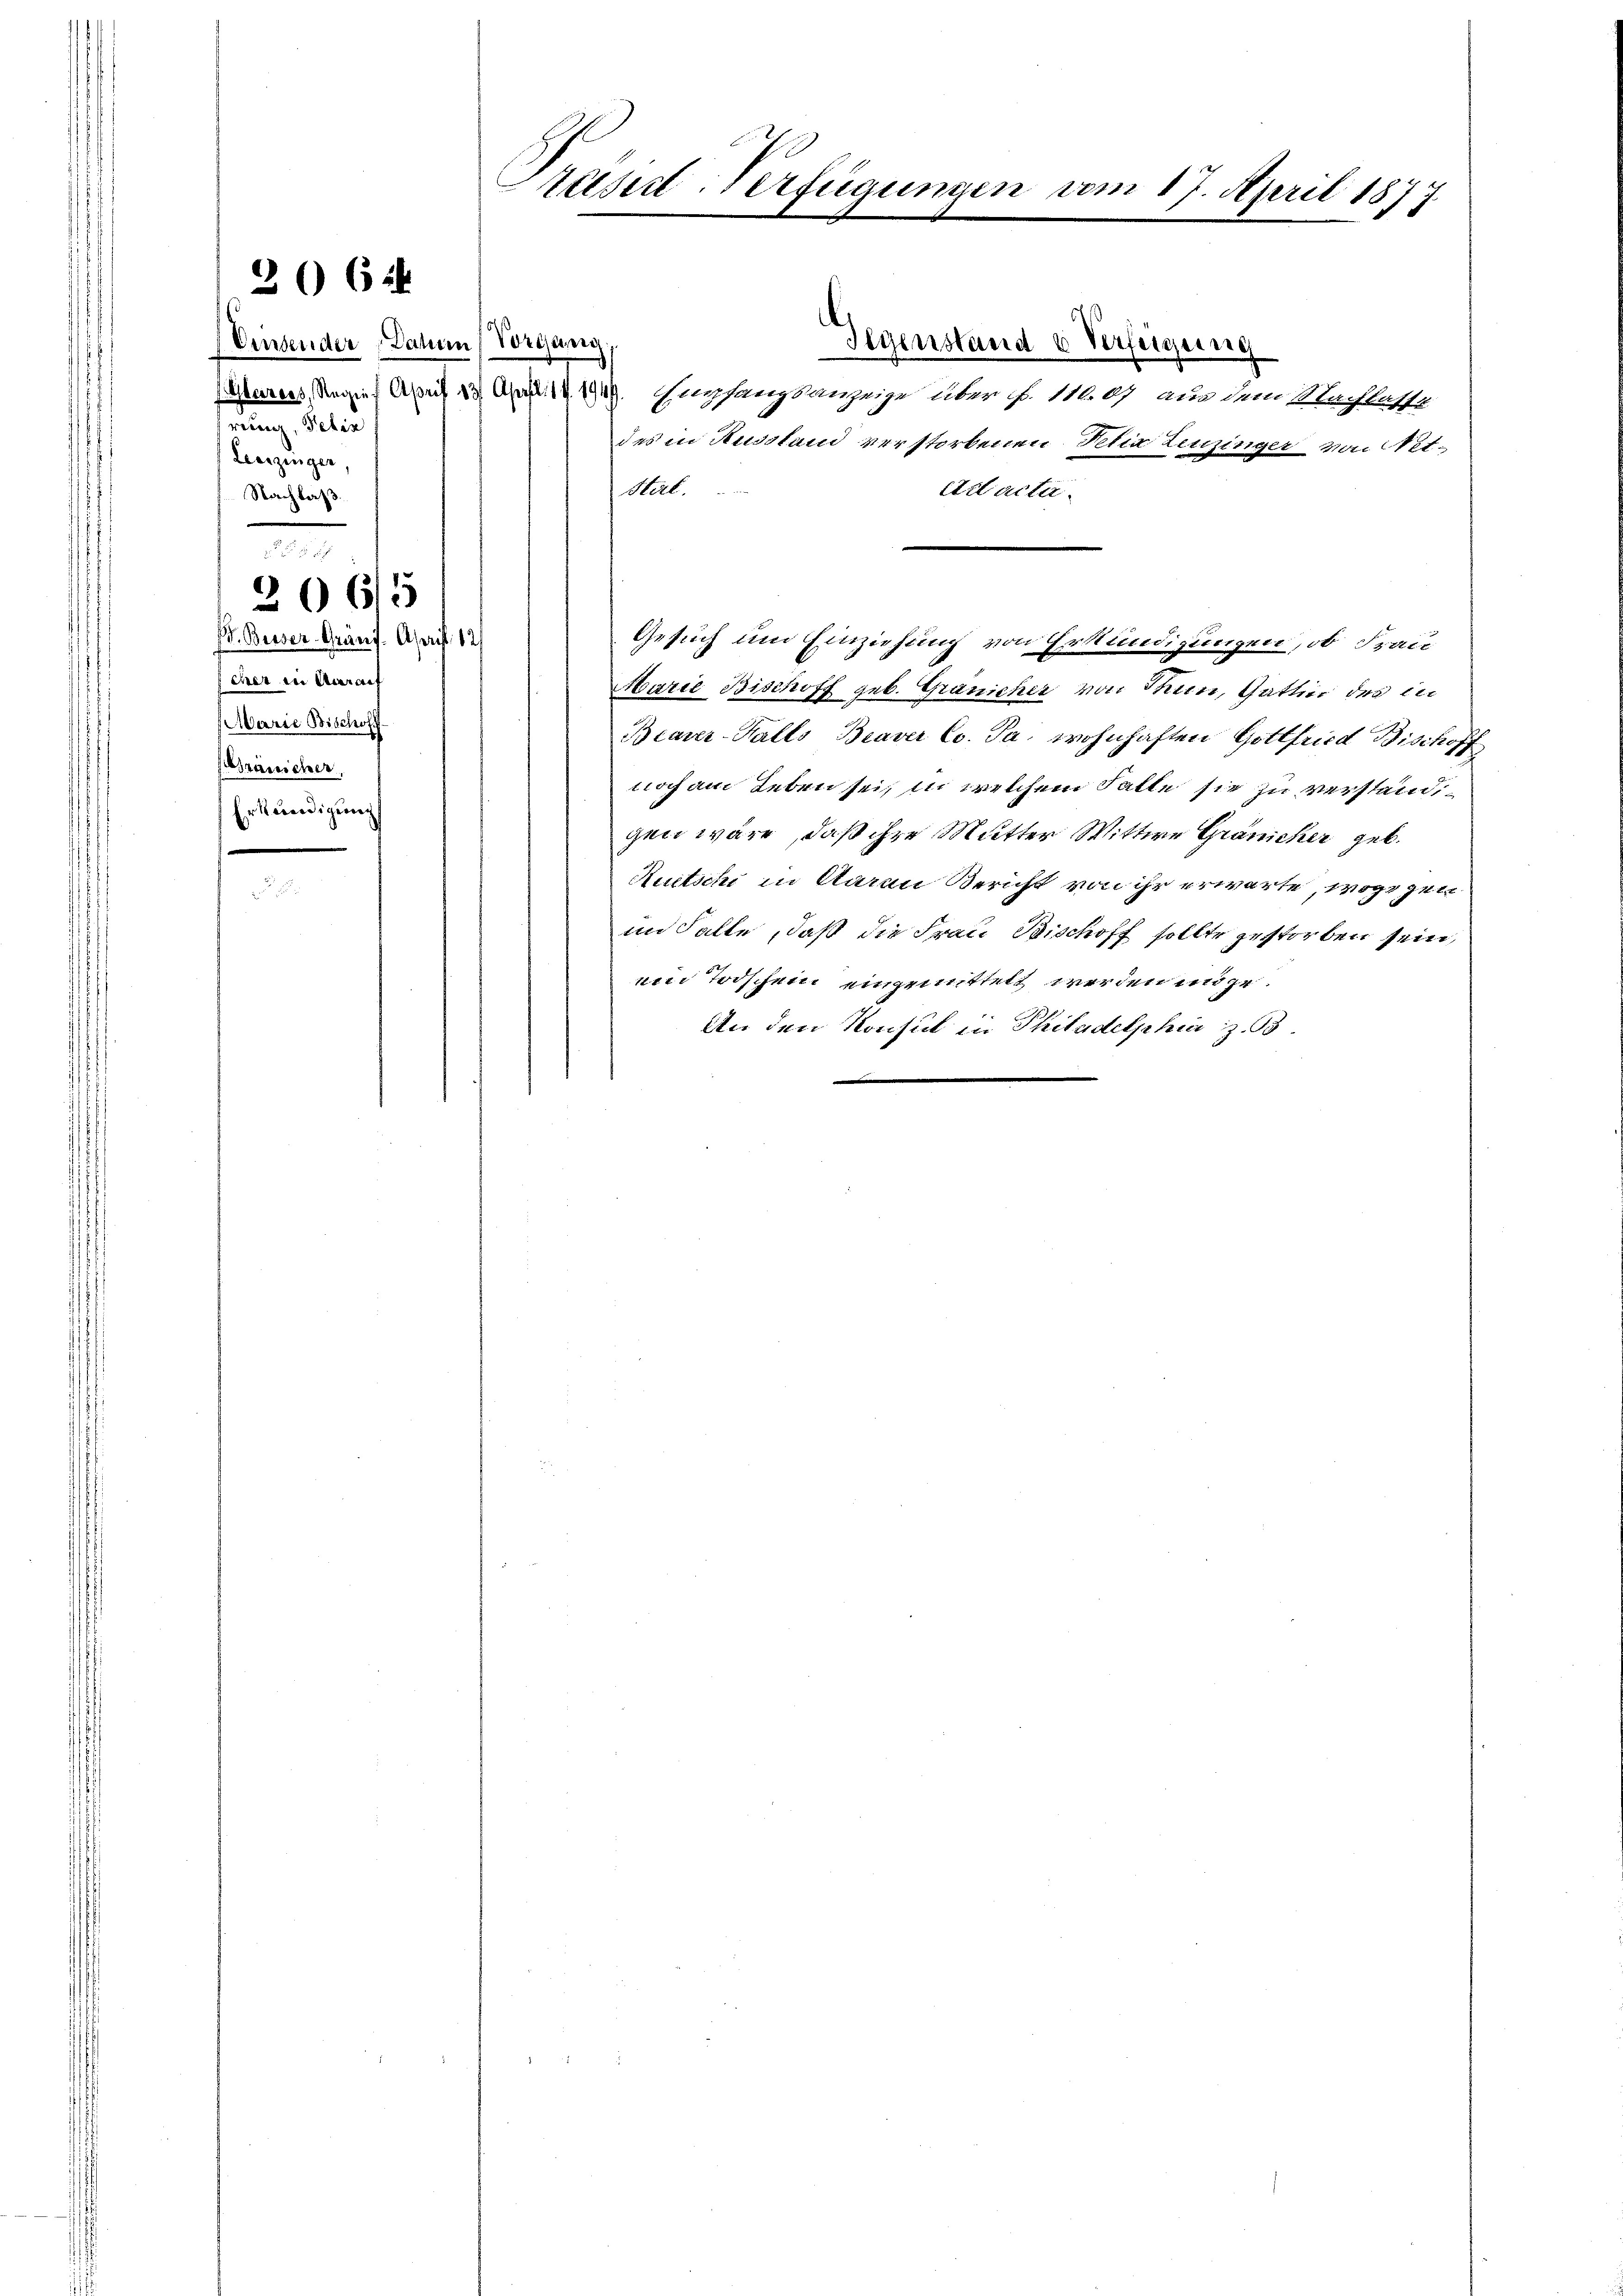
Einsender Dahin (Vordung
hrung, Selin
Leezinger,
Nachlaß

366

Ed. Beiser-Granz. April 12
scher in Aarauf
Marie Bischoff
ränicher,
Erkenedigung

206/5

Gegenstand u Verfügung
Oberreis, Regien Auf 13. April 19149. Empfangsanzeige über No. 111. 09 aus dem Nachlasse
des in Ausstand verstorbenen Netia Leuzinger von Pet¬
Stirt.
edl acter
Marie Bischoff geb. Graniecher von Sun, Gattin des in
Bearer-Halls Braver Co. Ja, wohnhaften Gottfried Bischoff
noch am Leben sei, in welchem Falle sie zu verständigen wäre, daß ihre Mutter Wittwe Gränicker geb.
Rutschi in Starau Bericht von ihr erwarte, wogegen
im Falle, daß die Frau Bischoff sollte gestorben sein,
emn Todschein eingemittelt werden möge.
An den Konsul in Philadelphi z. B.

räsid-Verfügungen vom 17. April 1877

Gesuch um Einziehung von Erkundigungen, ob Frau